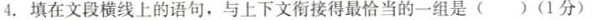
4.填在文段横线上的语句，与上下文衔接得最恰当的一组是()(1分)